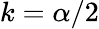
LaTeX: k=\alpha/2